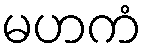
မဟကံ